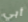
أبي